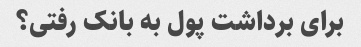
برای برداشت پول به بانک رفتی؟